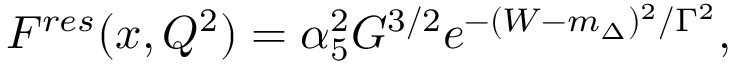
F ^ { r e s } ( x , Q ^ { 2 } ) = \alpha _ { 5 } ^ { 2 } G ^ { 3 / 2 } e ^ { - ( W - m _ { \Delta } ) ^ { 2 } / \Gamma ^ { 2 } } ,